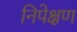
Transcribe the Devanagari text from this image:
निपेक्षण